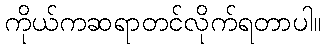
ကိုယ်ကဆရာတင်လိုက်ရတာပါ။